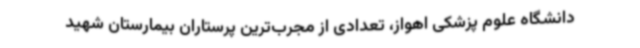
دانشگاه علوم پزشکی اهواز، تعدادی از مجرب‌ترین پرستاران بیمارستان شهید